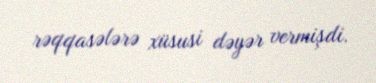
rəqqasələrə xüsusi dəyər vermişdi.